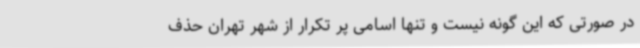
در صورتی که این گونه نیست و تنها اسامی پر تکرار از شهر تهران حذف